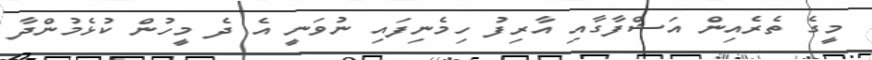
މީގެ ތެރެއިން އަޝްފާގާއި އާރިފު ހިމެނިފައި ނުވަނީ އެ ދެ މީހުން ކުޅެމުންދާ